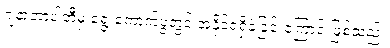
ဂျနာတာပါတီမှ ရွေးကောက်ပွဲတွင် အနိုင်ရရှိခဲ့ခြင်းကြောင့် ဖြစ်သည်။